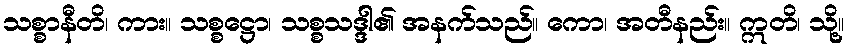
သစ္စာနီတိ၊ ကား။ သစ္စဋ္ဌော၊ သစ္စသဒ္ဒါ၏ အနက်သည်။ ကော၊ အတီနည်း။ ဣတိ၊ သို့။